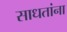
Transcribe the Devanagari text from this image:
साधतांना